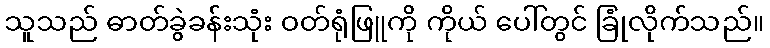
သူသည် ဓာတ်ခွဲခန်းသုံး ဝတ်ရုံဖြူကို ကိုယ် ပေါ်တွင် ခြုံလိုက်သည်။